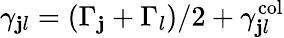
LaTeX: \gamma_{\mathbf{j}l}=(\Gamma_{\mathbf{j}}+\Gamma_{l})/2+\gamma_{\mathbf{j}l}^{\mathrm{{col}}}